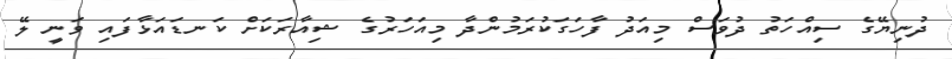
ދުނިޔޭގެ ސިއްހަތު ދުވަސް މިއަދު ފާހަގަކުރަމުންދާ މިއަހަރުގެ ޝިއާރަކަށް ކަނޑައަޅާފައި ވަނީ ލޭ